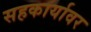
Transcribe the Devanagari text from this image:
सहकार्यावर